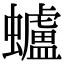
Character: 蠦